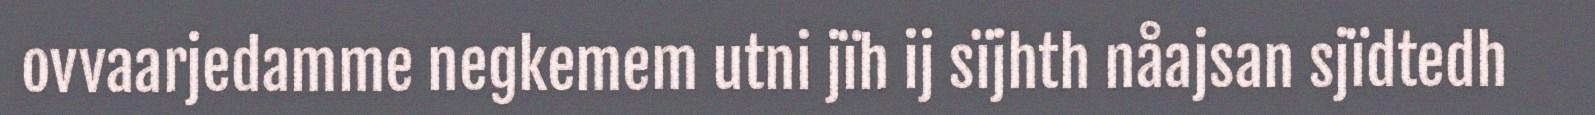
ovvaarjedamme negkemem utni jïh ij sïjhth nåajsan sjïdtedh